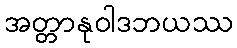
အတ္တာနုဝါဒဘယဿ